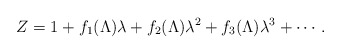
\begin{align*}Z = 1 + f_1(\Lambda) \lambda + f_2(\Lambda) \lambda^2 +f_3(\Lambda) \lambda^3 + \cdots . \end{align*}